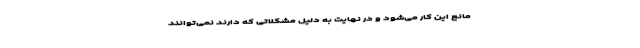
مانع این کار می‌شود و در نهایت به دلیل مشکلاتی که دارند نمی‌توانند